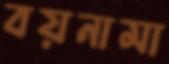
বয়নামা